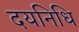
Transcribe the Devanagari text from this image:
दयनिधि